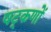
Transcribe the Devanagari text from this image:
षट्‌कणों